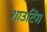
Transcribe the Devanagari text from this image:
शाउटिंग